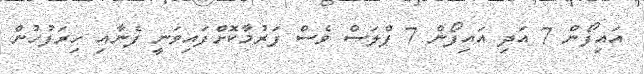
އައިފޯން 7 އަދި އައިފޯން 7 ޕްލަސް ވެސް ފަރުމާކޮށްފައިވަނީ ފެނާއި ހިރަފުހުން